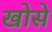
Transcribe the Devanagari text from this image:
खोसे